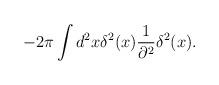
LaTeX: \begin{align*}- 2\pi \int d^2 x \delta^2 (x) {1\over \partial^2} \delta^2 (x).\end{align*}